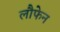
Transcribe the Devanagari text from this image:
लौफेन